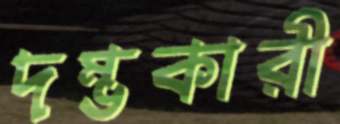
দম্ভকারী